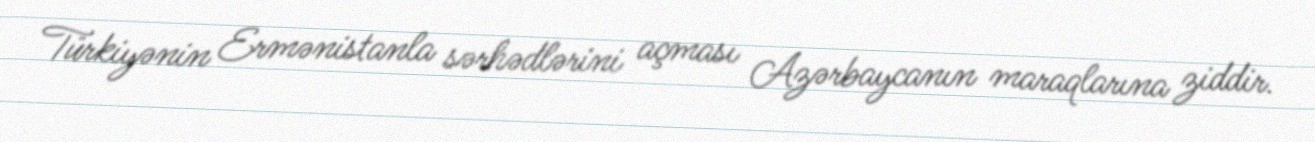
Türkiyənin Ermənistanla sərhədlərini açması Azərbaycanın maraqlarına ziddir.